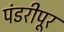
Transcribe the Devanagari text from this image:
पंडरीपूर